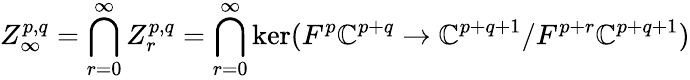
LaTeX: Z_{\infty}^{p,q}=\bigcap_{r=0}^{\infty}Z_{r}^{p,q}=\bigcap_{r=0}^{\infty}\ker(F^{p}\mathbb{C}^{p+q}\rightarrow\mathbb{C}^{p+q+1}/F^{p+r}\mathbb{C}^{p+q+1})